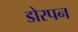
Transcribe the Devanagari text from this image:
डोरपन